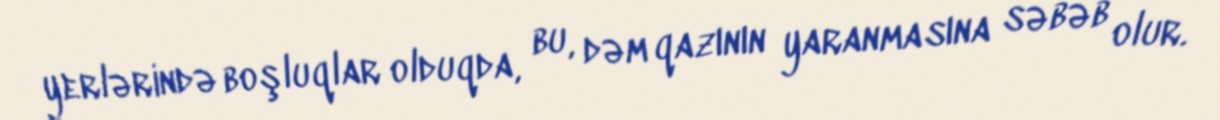
yerlərində boşluqlar olduqda, bu, dəm qazının yaranmasına səbəb olur.